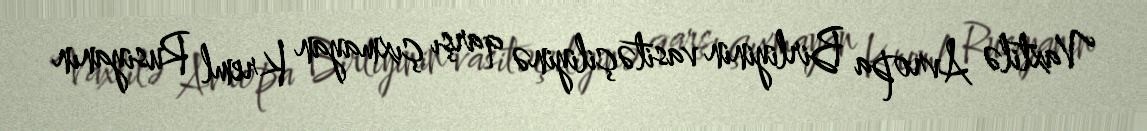
Vaxtilə Avropa Birliyinin vasitəçiliyinə qarşı çıxmayan Kreml Rusiyanın